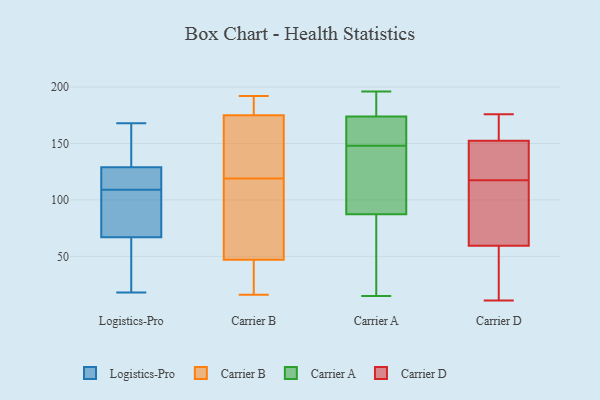
{"axis": {"x": "Revenue (USD Million)", "y": "Value"}, "legend": ["Carrier A", "Carrier B", "Carrier D", "Logistics-Pro"], "data": [{"x": "", "y": 109, "type": "Logistics-Pro"}, {"x": "", "y": 111, "type": "Logistics-Pro"}, {"x": "", "y": 57, "type": "Logistics-Pro"}, {"x": "", "y": 62, "type": "Logistics-Pro"}, {"x": "", "y": 104, "type": "Logistics-Pro"}, {"x": "", "y": 143, "type": "Logistics-Pro"}, {"x": "", "y": 133, "type": "Logistics-Pro"}, {"x": "", "y": 153, "type": "Logistics-Pro"}, {"x": "", "y": 115, "type": "Logistics-Pro"}, {"x": "", "y": 117, "type": "Logistics-Pro"}, {"x": "", "y": 18, "type": "Logistics-Pro"}, {"x": "", "y": 82, "type": "Logistics-Pro"}, {"x": "", "y": 100, "type": "Logistics-Pro"}, {"x": "", "y": 168, "type": "Logistics-Pro"}, {"x": "", "y": 56, "type": "Logistics-Pro"}, {"x": "", "y": 164, "type": "Carrier B"}, {"x": "", "y": 47, "type": "Carrier B"}, {"x": "", "y": 21, "type": "Carrier B"}, {"x": "", "y": 154, "type": "Carrier B"}, {"x": "", "y": 190, "type": "Carrier B"}, {"x": "", "y": 190, "type": "Carrier B"}, {"x": "", "y": 175, "type": "Carrier B"}, {"x": "", "y": 53, "type": "Carrier B"}, {"x": "", "y": 64, "type": "Carrier B"}, {"x": "", "y": 192, "type": "Carrier B"}, {"x": "", "y": 36, "type": "Carrier B"}, {"x": "", "y": 45, "type": "Carrier B"}, {"x": "", "y": 169, "type": "Carrier B"}, {"x": "", "y": 130, "type": "Carrier B"}, {"x": "", "y": 16, "type": "Carrier B"}, {"x": "", "y": 108, "type": "Carrier B"}, {"x": "", "y": 190, "type": "Carrier B"}, {"x": "", "y": 87, "type": "Carrier B"}, {"x": "", "y": 15, "type": "Carrier A"}, {"x": "", "y": 152, "type": "Carrier A"}, {"x": "", "y": 194, "type": "Carrier A"}, {"x": "", "y": 131, "type": "Carrier A"}, {"x": "", "y": 181, "type": "Carrier A"}, {"x": "", "y": 88, "type": "Carrier A"}, {"x": "", "y": 153, "type": "Carrier A"}, {"x": "", "y": 39, "type": "Carrier A"}, {"x": "", "y": 87, "type": "Carrier A"}, {"x": "", "y": 196, "type": "Carrier A"}, {"x": "", "y": 148, "type": "Carrier A"}, {"x": "", "y": 84, "type": "Carrier D"}, {"x": "", "y": 154, "type": "Carrier D"}, {"x": "", "y": 11, "type": "Carrier D"}, {"x": "", "y": 21, "type": "Carrier D"}, {"x": "", "y": 18, "type": "Carrier D"}, {"x": "", "y": 14, "type": "Carrier D"}, {"x": "", "y": 126, "type": "Carrier D"}, {"x": "", "y": 140, "type": "Carrier D"}, {"x": "", "y": 109, "type": "Carrier D"}, {"x": "", "y": 174, "type": "Carrier D"}, {"x": "", "y": 156, "type": "Carrier D"}, {"x": "", "y": 142, "type": "Carrier D"}, {"x": "", "y": 149, "type": "Carrier D"}, {"x": "", "y": 151, "type": "Carrier D"}, {"x": "", "y": 82, "type": "Carrier D"}, {"x": "", "y": 161, "type": "Carrier D"}, {"x": "", "y": 45, "type": "Carrier D"}, {"x": "", "y": 74, "type": "Carrier D"}, {"x": "", "y": 91, "type": "Carrier D"}, {"x": "", "y": 176, "type": "Carrier D"}]}